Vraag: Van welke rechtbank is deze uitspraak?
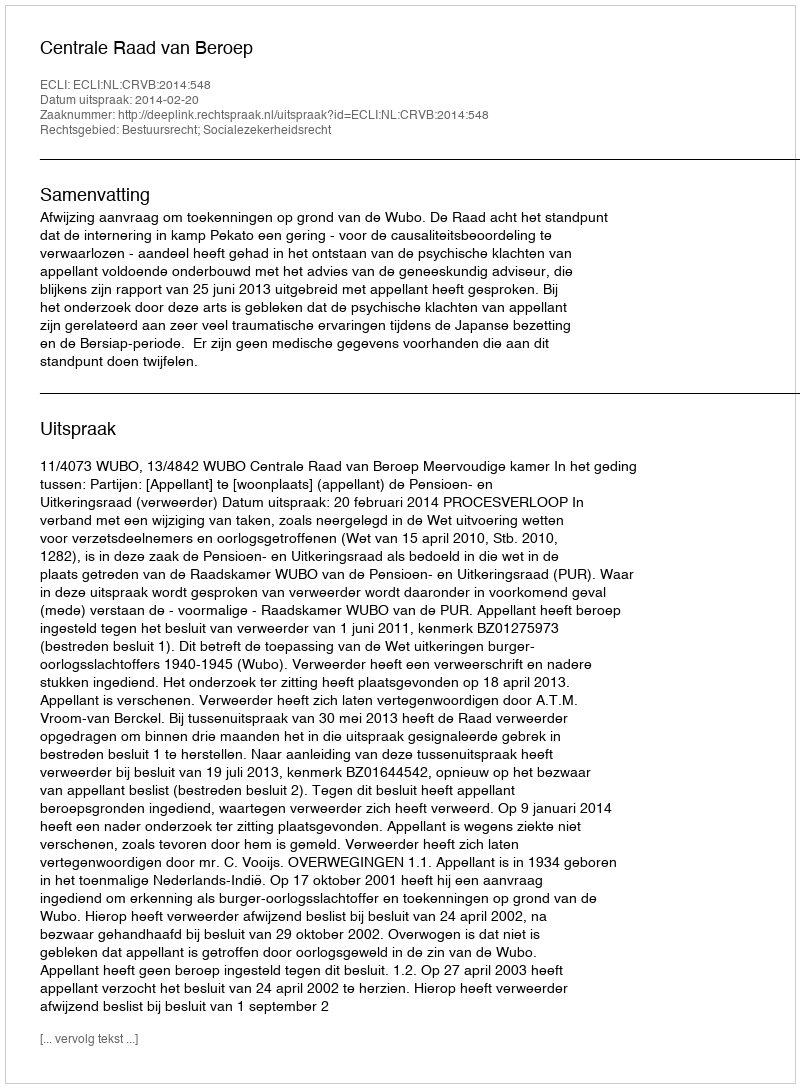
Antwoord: Centrale Raad van Beroep